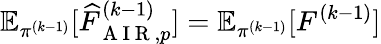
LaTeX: \mathbb{E}_{\pi^{(k-1)}}[\widehat{F}_{\mathrm{~A~I~R~},p}^{(k-1)}]=\mathbb{E}_{\pi^{(k-1)}}[F^{(k-1)}]